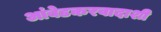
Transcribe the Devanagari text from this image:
आंबेडकरवादाशी